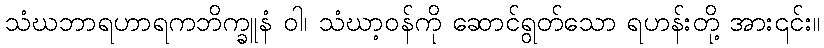
သံဃဘာရဟာရကဘိက္ခူနံ ဝါ၊ သံဃာ့ဝန်ကို ဆောင်ရွတ်သော ရဟန်းတို့ အား၎င်း။